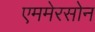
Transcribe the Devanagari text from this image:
एममेरसोन